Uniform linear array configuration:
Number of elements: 24
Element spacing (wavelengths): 0.25
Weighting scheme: binomial
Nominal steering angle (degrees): -45
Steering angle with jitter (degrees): -44.621
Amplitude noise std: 0.05
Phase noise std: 0.05

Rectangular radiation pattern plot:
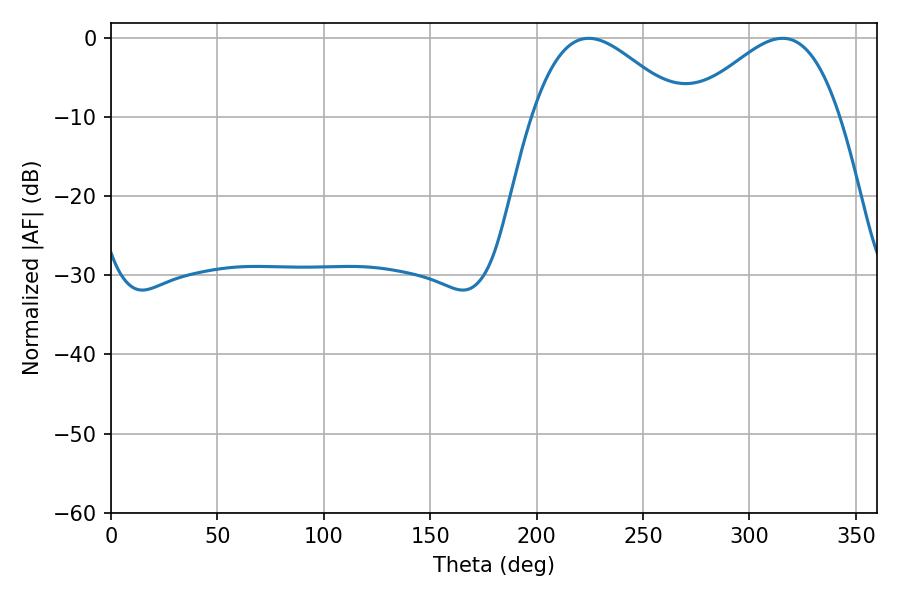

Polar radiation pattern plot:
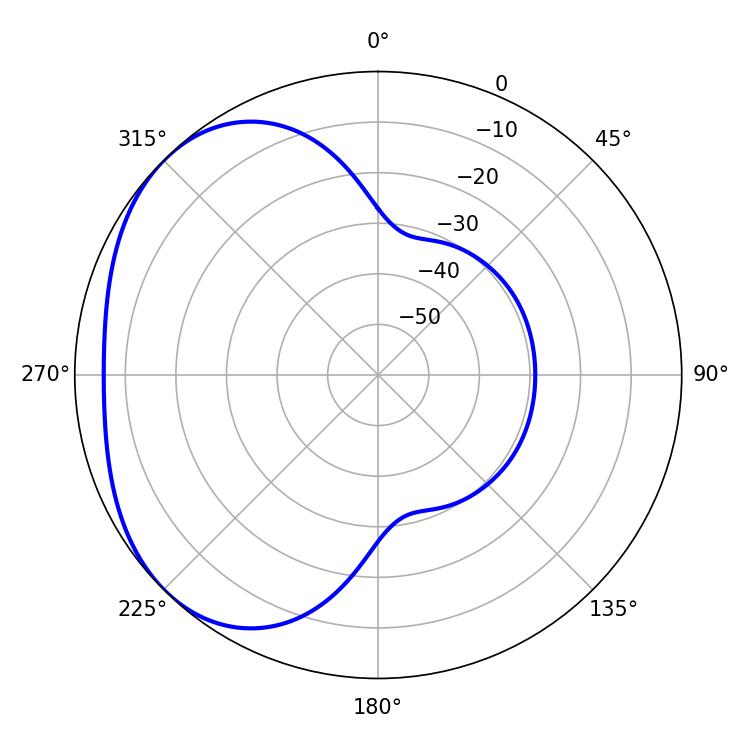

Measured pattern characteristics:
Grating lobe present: FALSE
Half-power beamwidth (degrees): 37.8
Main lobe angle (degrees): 224.46